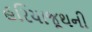
હરિયાજૂથની